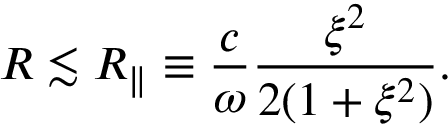
R \lesssim R _ { \parallel } \equiv \frac { c } { \omega } \frac { \xi ^ { 2 } } { 2 ( 1 + \xi ^ { 2 } ) } .